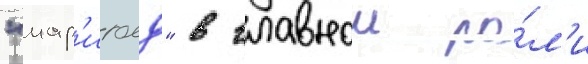
"мар'иголд" в главнои ро́л'и